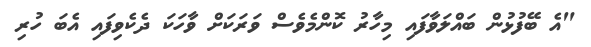
"އެ ބޭފުޅުން ބައްލަވާފައި މިހާރު ކޮންމެވެސް ވަރަކަށް ވާހަކަ ދެކެވިފައި އެބަ ހުރި